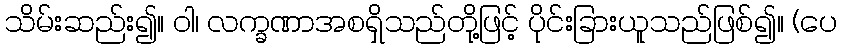
သိမ်းဆည်း၍။ ဝါ၊ လက္ခဏာအစရှိသည်တို့ဖြင့် ပိုင်းခြားယူသည်ဖြစ်၍။ (ပေ